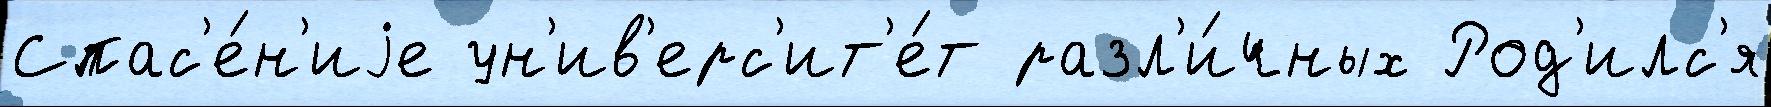
Спас'е́н'иjе ун'ив'ерс'ит'е́т разл'и́чных Род'илс'я